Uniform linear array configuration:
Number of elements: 32
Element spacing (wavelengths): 0.5
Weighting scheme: exponential
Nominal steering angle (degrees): -15
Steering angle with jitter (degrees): -16.234
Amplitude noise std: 0.05
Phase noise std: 0.05

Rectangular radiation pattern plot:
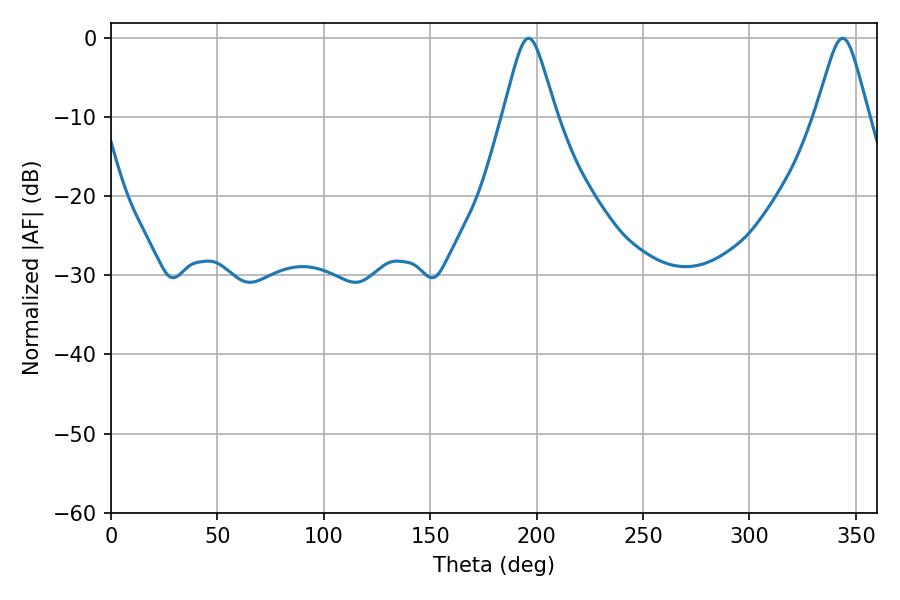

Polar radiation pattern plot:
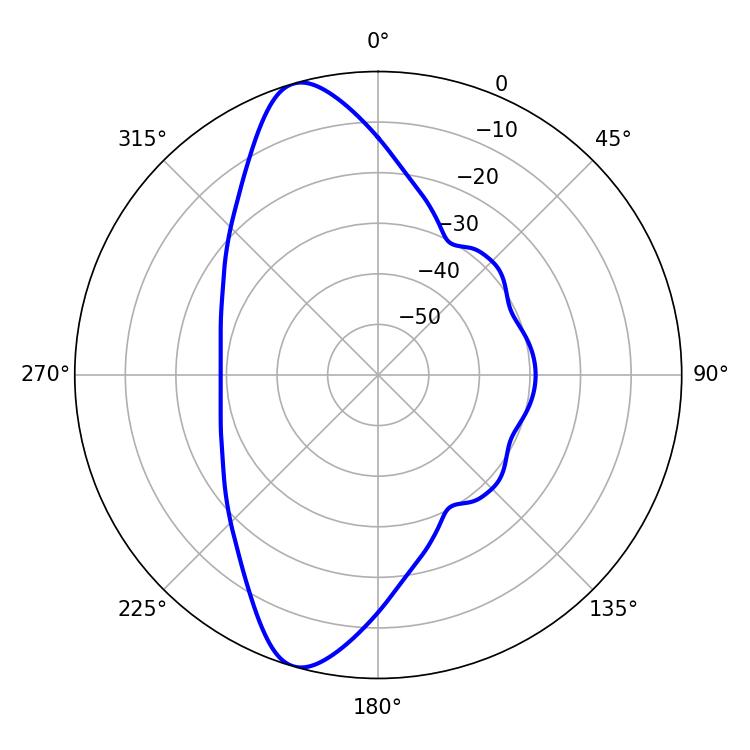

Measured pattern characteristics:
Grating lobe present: FALSE
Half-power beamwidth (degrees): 11.88
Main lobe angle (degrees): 196.2